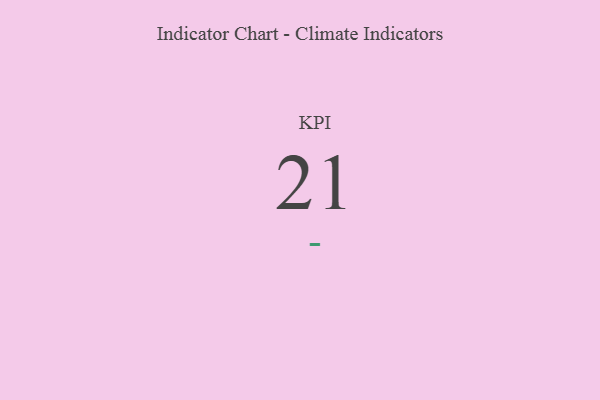
{"axis": {"x": "KPI", "y": "Value"}, "legend": [""], "data": [{"x": "KPI", "y": 21, "type": ""}]}